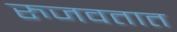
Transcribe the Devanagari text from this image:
रुजवतात